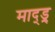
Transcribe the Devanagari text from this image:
माद्ड्र्